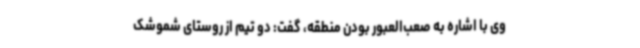
وی با اشاره به صعب‌العبور بودن منطقه، گفت: دو تیم از روستای شموشک